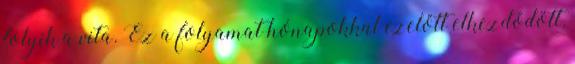
folyik a vita. Ez a folyamat hónapokkal ezelőtt elkezdődött,